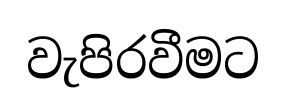
වැපිරවීමට